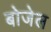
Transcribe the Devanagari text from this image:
बोजेल